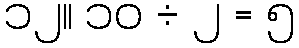
၁၂။ ၁၀ ÷ ၂ = ၅